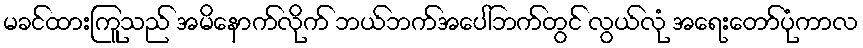
မခင်ထားကြူသည် အမိနောက်လိုက် ဘယ်ဘက်အပေါ်ဘက်တွင် လွယ်လုံ အရေးတော်ပုံကာလ